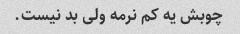
چوبش یه کم نرمه ولی بد نیست.